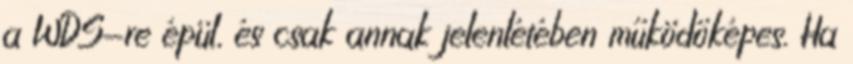
a WDS-re épül, és csak annak jelenlétében működőképes. Ha